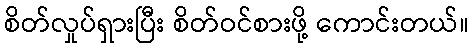
စိတ်လှုပ်ရှားပြီး စိတ်ဝင်စားဖို့ ကောင်းတယ်။